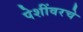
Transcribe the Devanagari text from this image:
पेशींवरचे